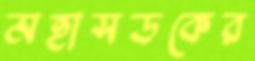
মহাসড়কের